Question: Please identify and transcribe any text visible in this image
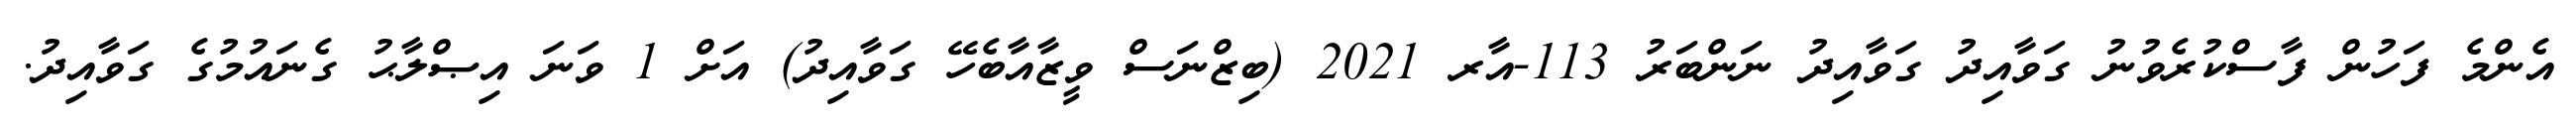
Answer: އެންމެ ފަހުން ފާސްކުރެވުނު ގަވާއިދު ގަވާއިދު ނަންބަރު 113-އާރ 2021 (ބިޒްނަސް ވީޒާއާބެހޭ ގަވާއިދު) އަށް 1 ވަނަ އިޞްލާޙު ގެނައުމުގެ ގަވާއިދު.